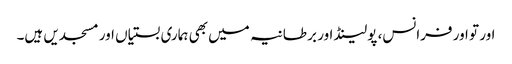
اور تو اور فرانس، پولینڈ اور بر طانیہ میں بھی ہماری بستیاں اور مسجدیں ہیں۔